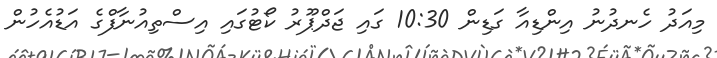
މިއަދު ހެނދުނު އިންޑިއާ ގަޑިން 10:30 ގައި ޖަދްޕޫރު ކޯޓުގައި އިސްތިއުނާފްގެ އަޑުއެހުން